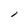
Character: 1